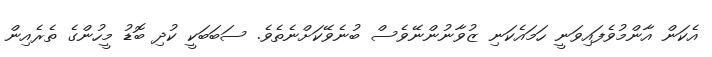
އެކަން އާންމުވެފައިވަނީ ހަމައެކަނި ޒުވާނުންނޭވެސް ބުނެވޭކަށްނެތެވެ. ސަބަބަކީ ކުދި ބޮޑު މީހުންގެ ތެރެއިން